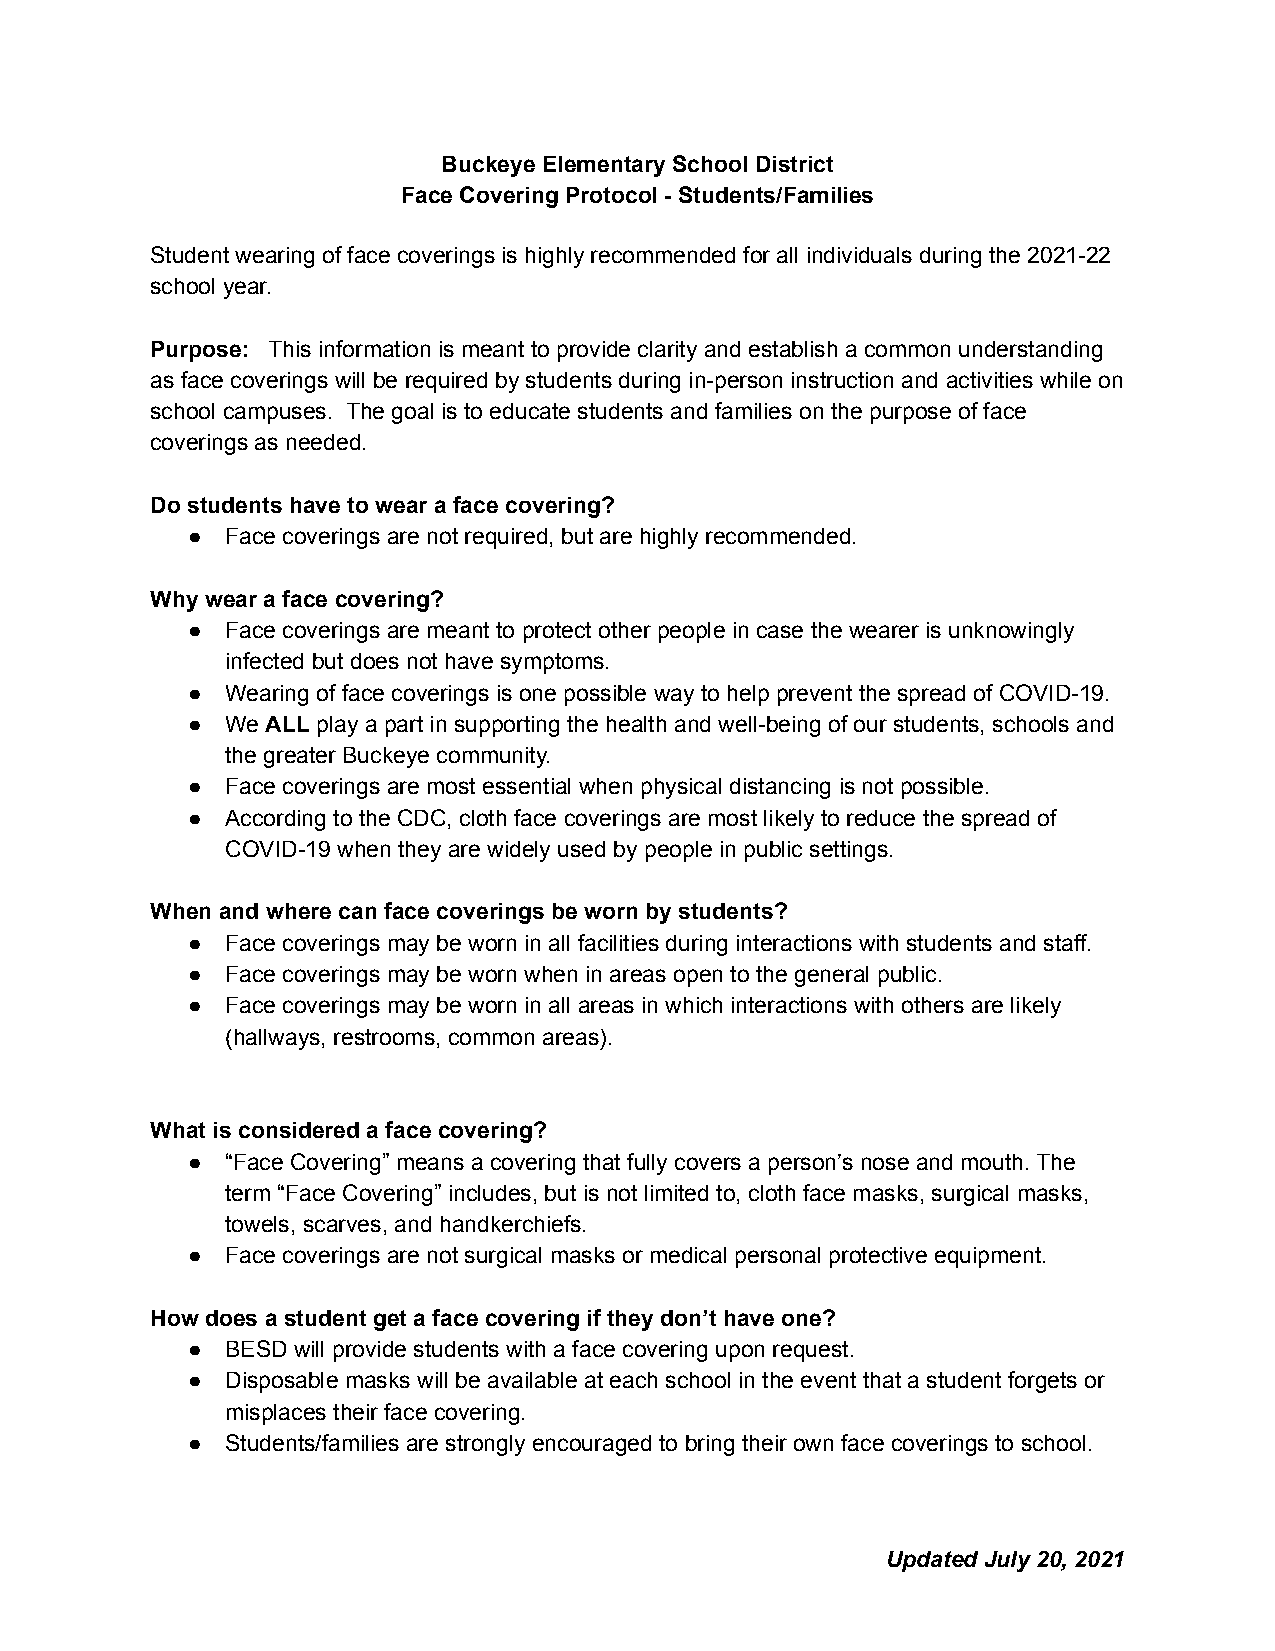
Buckeye Elementary School District
 Face Covering Protocol - Students/Families
 Student wearing of face coverings is highly recommended for all individuals during the 2021-22
 school year.
 Purpose: This information is meant to provide clarity and establish a common understanding
 as face coverings will be required by students during in-person instruction and activities while on
 school campuses. The goal is to educate students and families on the purpose of face
 coverings as needed.
 Do students have to wear a face covering?
 ●  Face coverings are not required, but are highly recommended.
 Why wear a face covering?
 ●  Face coverings are meant to protect other people in case the wearer is unknowingly
 infected but does not have symptoms.
 ●  Wearing of face coverings is one possible way to help prevent the spread of COVID-19.
 ●  We ALL play a part in supporting the health and well-being of our students, schools and
 the greater Buckeye community.
 ●  Face coverings are most essential when physical distancing is not possible.
 ●  According to the CDC, cloth face coverings are most likely to reduce the spread of
 COVID-19 when they are widely used by people in public settings.
 When and where can face coverings be worn by students?
 ●  Face coverings may be worn in all facilities during interactions with students and staff.
 ●  Face coverings may be worn when in areas open to the general public.
 ●  Face coverings may be worn in all areas in which interactions with others are likely
 (hallways, restrooms, common areas).
 What is considered a face covering?
 ●  “Face Covering” means a covering that fully covers a person’s nose and mouth. The
 term “Face Covering” includes, but is not limited to, cloth face masks, surgical masks,
 towels, scarves, and handkerchiefs.
 ●  Face coverings are not surgical masks or medical personal protective equipment.
 How does a student get a face covering if they don’t have one?
 ●  BESD will provide students with a face covering upon request.
 ●  Disposable masks will be available at each school in the event that a student forgets or
 misplaces their face covering.
 ●  Students/families are strongly encouraged to bring their own face coverings to school.
 Updated July 20, 2021